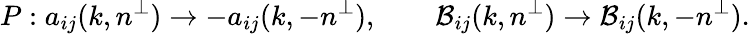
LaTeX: P:a_{ij}(k,n^{\perp})\rightarrow-a_{ij}(k,-n^{\perp}),\qquad\mathcal{B}_{ij}(k,n^{\perp})\rightarrow\mathcal{B}_{ij}(k,-n^{\perp}).